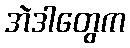
အဲဒါတွေက